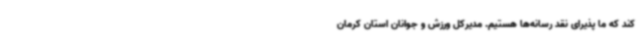
کند که ما پذیرای نقد رسانه‌ها هستیم. مدیرکل ورزش و جوانان استان کرمان